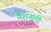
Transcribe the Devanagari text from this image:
नैशनली